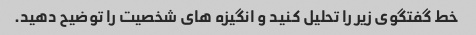
خط گفتگوی زیر را تحلیل کنید و انگیزه های شخصیت را توضیح دهید.